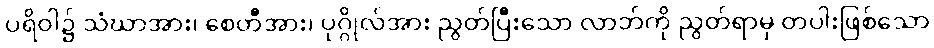
ပရိဝါ၌ သံဃာအား၊ စေတီအား၊ ပုဂ္ဂိုလ်အား ညွတ်ပြီးသော လာဘ်ကို ညွတ်ရာမှ တပါးဖြစ်သော